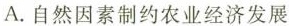
A.自然因素制约农业经济发展